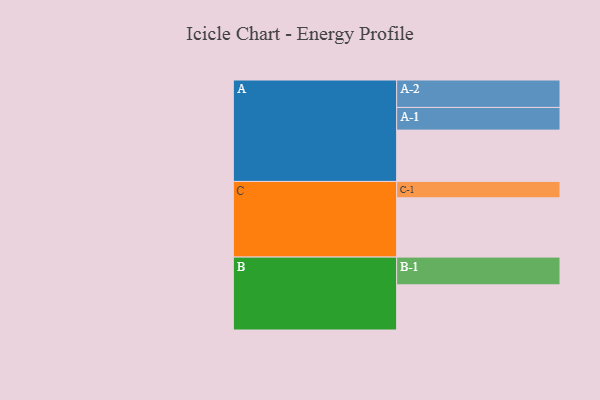
{"axis": {"x": "Segment", "y": "Value"}, "legend": ["", "A", "B", "C"], "data": [{"x": "A", "y": 464, "type": ""}, {"x": "B", "y": 408, "type": ""}, {"x": "C", "y": 536, "type": ""}, {"x": "A-1", "y": 205, "type": "A"}, {"x": "A-2", "y": 248, "type": "A"}, {"x": "B-1", "y": 251, "type": "B"}, {"x": "C-1", "y": 148, "type": "C"}]}